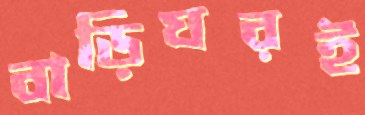
বাড়িঘরই